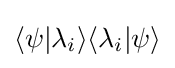
\langle \psi |\lambda _{i}\rangle \langle \lambda _{i}|\psi \rangle